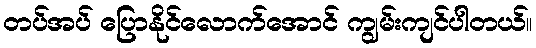
တပ်အပ် ပြောနိုင်လောက်အောင် ကျွမ်းကျင်ပါတယ်။